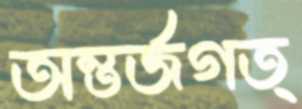
অন্তর্জগত্